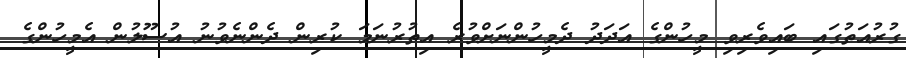
ގުރުއަތުގައި ބައިވެރިވި މީހުންގެ އަދަދު ދެމީހުންނަށްވުރެ އިތުރުނަމަ ކުރިން ދެންނެވުނު އުސޫލުން އެމީހުންގެ